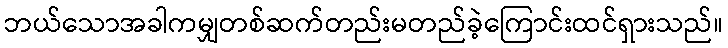
ဘယ်သောအခါကမျှတစ်ဆက်တည်းမတည်ခဲ့ကြောင်းထင်ရှားသည်။